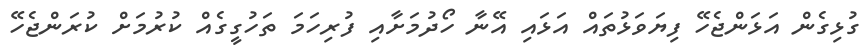
ގުޅިގެން އަޅަންޖެހޭ ފިޔަވަޅުތައް އަޅައި އޭނާ ހޯދުމަށާއި ފުރިހަމަ ތަހުގީގެއް ކުރުމަށް ކުރަންޖެހޭ